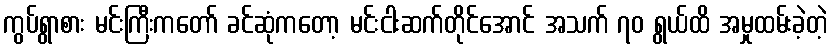
ကွပ်ရွာစား မင်းကြီးကတော် ခင်ဆုံကတော့ မင်းငါးဆက်တိုင်အောင် အသက် ၇၀ ရွယ်ထိ အမှုထမ်းခဲ့တဲ့